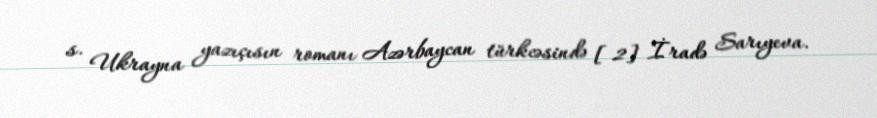
s. Ukrayna yazıçısın romanı Azərbaycan türkcəsində [2] İradə Sarıyeva.